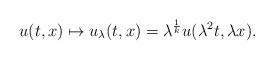
LaTeX: \begin{align*} u(t,x) \mapsto u_{\lambda}(t,x) = \lambda^{\frac{1}{k}} u(\lambda^{2} t, \lambda x).\end{align*}